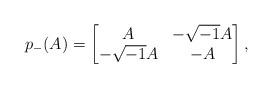
LaTeX: \begin{align*}p_-(A)=\begin{bmatrix} A & -\sqrt{-1}A\\ -\sqrt{-1}A & -A\end{bmatrix},\end{align*}